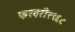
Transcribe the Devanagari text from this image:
फरवरी१९६८